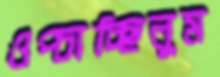
ওপ্‌চাচ্ছিলুম